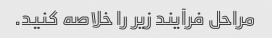
مراحل فرآیند زیر را خلاصه کنید.